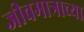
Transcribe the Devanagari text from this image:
जीवमात्राच्या